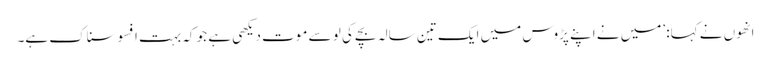
انھوں نے کہا: ’میں نے اپنے پڑوس میں ایک تین سالہ بچے کی لو سے موت دیکھی ہے جو کہ بہت افسوسناک ہے۔